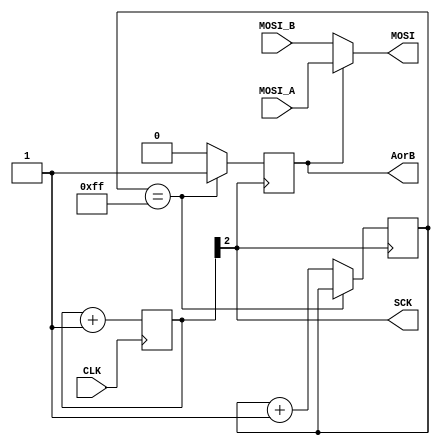

//--------SPI controll----------------------------------------------------------
module SPI( input       CLK,
            output reg  AorB,
            input       MOSI_A,
            input       MOSI_B,
            output      MOSI,
            output      SCK);

reg [7:0]  BootCnt;
always @(posedge SCK) begin
  if(BootCnt == 8'hFF)
    AorB <= 1;
  else begin
    BootCnt <= BootCnt + 1;
    AorB <= 0;
  end
end

reg [2:0]  cnt;
always @(posedge CLK)
	cnt <= cnt + 1;

assign SCK = cnt[2];
assign MOSI = AorB ? MOSI_A : MOSI_B;

endmodule //SPI

//--------DAC ------------------------------------------------------------------
module DAC( input               SCK,
            output reg          MOSI,
            output reg          CS,
            output              CLR,
            input               EN,
            input signed [11:0] A,
            input signed [11:0] B,
            output reg          AorB);

reg [19:0]  dataReg;
reg [5:0]   stateReg;
reg [4:0]   cnt;

initial begin
  CS = 1;
  AorB = 0;
  stateReg = 6'h19;
end

always @(negedge SCK) begin
  if(stateReg == 6'h19)
    if(!EN && !AorB)
      CS <= 1;
    else begin
      CS <= 0;
      AorB <= !AorB;
      stateReg <= 6'h00;
      //don't care, command + DAC A or B, data, don't care
      dataReg <= {8'h30 + AorB, (AorB ? {!A[11],A[10:0]} : {!B[11],B[10:0]} )};
  end else begin
    stateReg <= stateReg + 1;
    if(stateReg == 6'h18)
      CS <= 1;
    else if(stateReg < 6'h14) begin
      MOSI <= dataReg[19];
      dataReg <= dataReg << 1;
    end else if(stateReg < 6'h18)
      MOSI <= 0;
  end
end

assign CLR = 1;

endmodule //DAC

//--------GAIN setup------------------------------------------------------------
module GAIN(input       SCK,
            output reg  MOSI,
            output reg  CS,
            output      CLR,
            input       EN);

//default gain set to 0dB
parameter gain = 4'h1;

reg [3:0] stateReg;
reg [7:0] data = gain;

initial begin
  CS = 1;
  stateReg = 4'hF;
end

always @(negedge SCK) begin
  if(!EN)
    CS <= 1;
  else if(stateReg == 4'hF) begin
    stateReg <= 4'h0;
    data <= {gain[3:0], gain[3:0]};
  end else begin
    if(stateReg < 4'h8) begin
      CS <= 0;
      MOSI <= data[7];
      data <= {data[6:0], 1'bX};
    end else
      CS <= 1;
    stateReg <= stateReg + 1;
  end
end

assign CLR = 0;

endmodule //GAIN

//----ADC-----------------------------------------------------------------------
module ADC( input       SCK,
            input       MISO,
            output reg  RUN,
            output reg [13:0] A,
            output reg [13:0] B);

reg [13:0] ShiftReg;
reg [5:0] stateReg;

initial begin
  RUN = 0;
  stateReg = 6'h20;
end

always @(negedge SCK) begin
  if(stateReg == 6'h2F) begin
    stateReg <= 6'h3D;
    A <= ShiftReg;
  end else begin
    if(stateReg == 6'h3D)
      RUN <= 1;
    else if(stateReg == 6'h3E) begin
      RUN <= 0;
    end else if(stateReg < 6'h0E)
      ShiftReg <= {ShiftReg[12:0] , MISO};
    else if(stateReg == 6'h0F)
      B <= ShiftReg;
    else if((stateReg >= 6'h10) && (stateReg < 6'h1E))
      ShiftReg <= {ShiftReg[12:0] , MISO};

    stateReg <= stateReg + 1;
  end
end

endmodule //ADC

//----Serial Port Controller----------------------------------------------------
module SERIAL_TX (input [7:0]  DATA,
                  input        CLK,
                  input        EN,
                  output reg   TX);

//baud rate 9600 bit/s
parameter baudRate = 13'd5208;

reg [12:0] cnt;
reg EN_old;
reg [7:0] dataReg;
reg [3:0] stateReg;

initial begin
  cnt = 0;
  TX = 1;
  stateReg = 0;
end

always @(posedge CLK) begin
  if(stateReg == 0) begin
    if(EN & !EN_old) begin
      stateReg <= 4'hC;
      cnt <= baudRate;
      dataReg <= DATA;
      TX <= 0;
    end else begin
      TX <= 1;
    end
  end else begin
    if(cnt > 0) cnt <= cnt - 1;
    else begin
      cnt <= baudRate;
      stateReg <= stateReg - 1;
      TX <= dataReg[0];
      dataReg <= {1'bX, dataReg[7:1]};
    end
  end

  EN_old <= EN;
end

endmodule // SERIAL_TX

module SERIAL_RX (input         CLK,
                  input         RX,
                  output reg [7:0]  DATA,
                  output reg    CLK_out);

//baud rate 9600 bit/s
parameter baudRate = 13'd5208;

reg RX_d;
reg RX_sync;
reg RX_old;

reg [3:0]  stateReg;
reg [12:0] cnt;

initial begin
  stateReg = 0;
  CLK_out = 0;
  cnt <= 0;
end

always @(posedge CLK) begin
  RX_d <= RX;
  RX_sync <= RX_d;
  RX_old <= RX_sync;

  if(stateReg == 4'h0) begin

    //start condition
    if(RX_old & !RX_sync) begin
      stateReg <= 4'h9;
      cnt <= (baudRate*2'h3)>>1;
    end
  end else begin

    //wait required time
    if(cnt > 0) cnt <= cnt - 1;

    //write data
    else begin
      cnt <= baudRate;
      stateReg <= stateReg - 1;
      if(stateReg < 4'h9) DATA <= {RX_sync, DATA[7:1]};
    end
  end

  CLK_out <= (stateReg == 4'h0);
end

endmodule // SERIAL_RX